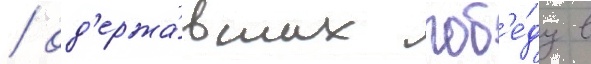
/ од'ержа́вших поб'е́ду в